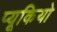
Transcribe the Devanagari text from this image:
प्यूकियो